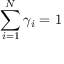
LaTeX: \sum _ { i = 1 } ^ { N } \gamma _ { i } = 1